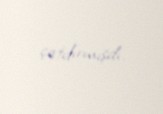
çatdırmışdı.